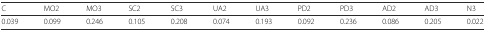
<table><thead><tr><td><b>C</b></td><td><b>MO2</b></td><td><b>MO3</b></td><td><b>SC2</b></td><td><b>SC3</b></td><td><b>UA2</b></td><td><b>UA3</b></td><td><b>PD2</b></td><td><b>PD3</b></td><td><b>AD2</b></td><td><b>AD3</b></td><td><b>N3</b></td></tr></thead><tbody><tr><td>0.039</td><td>0.099</td><td>0.246</td><td>0.105</td><td>0.208</td><td>0.074</td><td>0.193</td><td>0.092</td><td>0.236</td><td>0.086</td><td>0.205</td><td>0.022</td></tr></tbody></table>